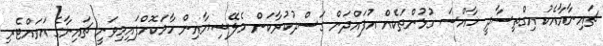
ޗައިނާއާއެކު އިގްތިސާދީ ޚާއްސަ ގުޅުންތަކެއް އުފައްދަން ގަސްދުކުރާކަން މެލޭޝިޔާއިން ހާމަކޮށްފައިމިވަނީ ޗައިނާގެ އަވައްޓެރި